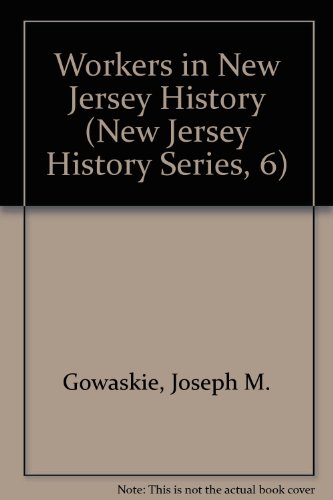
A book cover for Workers in New Jersey History (New Jersey History Series, 6); Joseph M. Gowaskie; Business & Money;